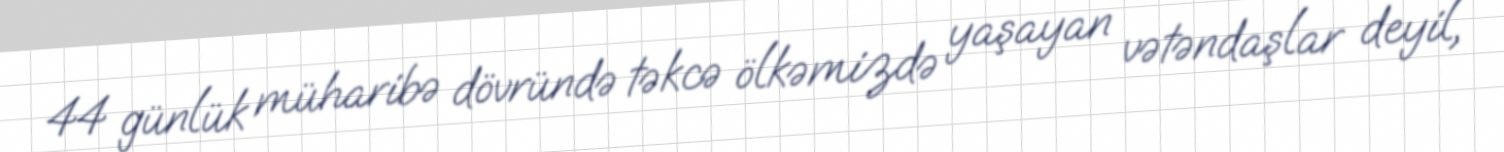
44 günlük müharibə dövründə təkcə ölkəmizdə yaşayan vətəndaşlar deyil,